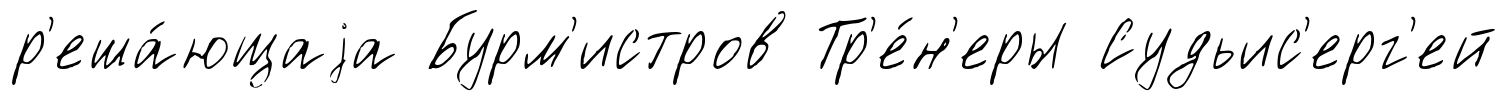
р'еша́ющаjа Бурм'истров Тр'е́н'еры Судьис'ерг'ей